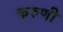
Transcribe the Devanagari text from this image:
करुणी